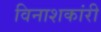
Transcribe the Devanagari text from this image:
विनाशकांरी